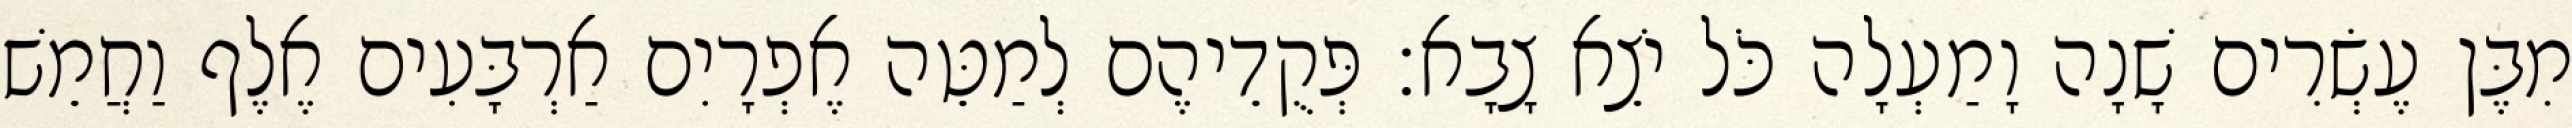
מִבֶּן עֶשְׂרִים שָׁנָה וָמַעְלָה כֹּל יֹצֵא צָבָא׃ פְּקֻדֵיהֶם לְמַטֵּה אֶפְרָיִם אַרְבָּעִים אֶלֶף וַחֲמֵשׁ